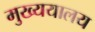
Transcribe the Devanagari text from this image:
मुख्ययालय